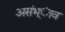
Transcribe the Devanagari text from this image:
असंभ्ाव